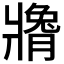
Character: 𬌍